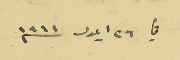
في ٢٦ ايلول سنه ١٩٤١